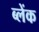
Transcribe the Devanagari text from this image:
ब्लेंक